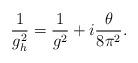
LaTeX: \begin{align*}\frac {1}{g_h^2} = \frac{1}{g^2} + i \frac{\theta}{8 \pi^2}.\end{align*}